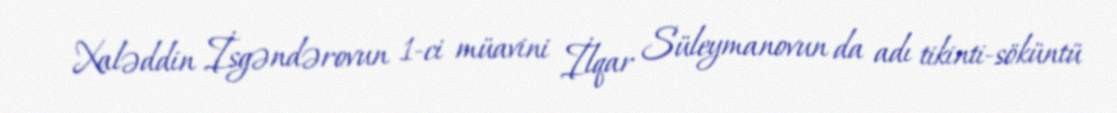
Xaləddin İsgəndərovun 1-ci müavini İlqar Süleymanovun da adı tikinti-söküntü